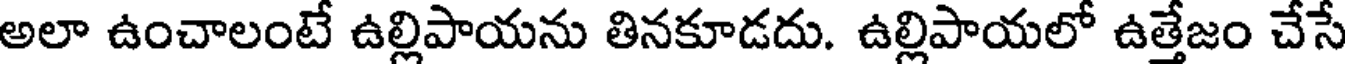
అలా ఉంచాలంటే ఉల్లిపాయను తినకూడదు. ఉల్లిపాయలో ఉత్తేజం చేసే